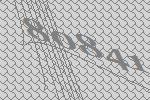
80841